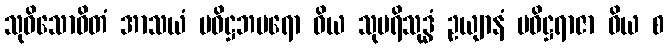
သုဝိသောဓိတံ အာသယံ ပဝိဋ္ဌဘမရော ဝိယ သုပရိသုဒ္ဓံ ဥယျာနံ ပဝိဋ္ဌရာဇာ ဝိယ စ